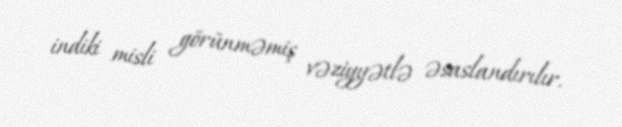
indiki misli görünməmiş vəziyyətlə əsaslandırılır.